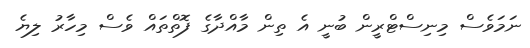
ނަމަވެސް މިނިސްޓްރީން ބުނީ އެ ތިން މާއްދާގެ ފޮތްތައް ވެސް މިހާރު ލިޔެ